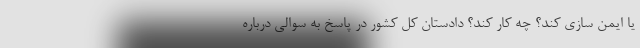
یا ایمن سازی کند؟ چه کار کند؟ دادستان کل کشور در پاسخ به سوالی درباره